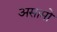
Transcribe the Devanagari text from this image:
असामो